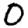
Digit: 0